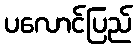
ပလောင်ပြည်